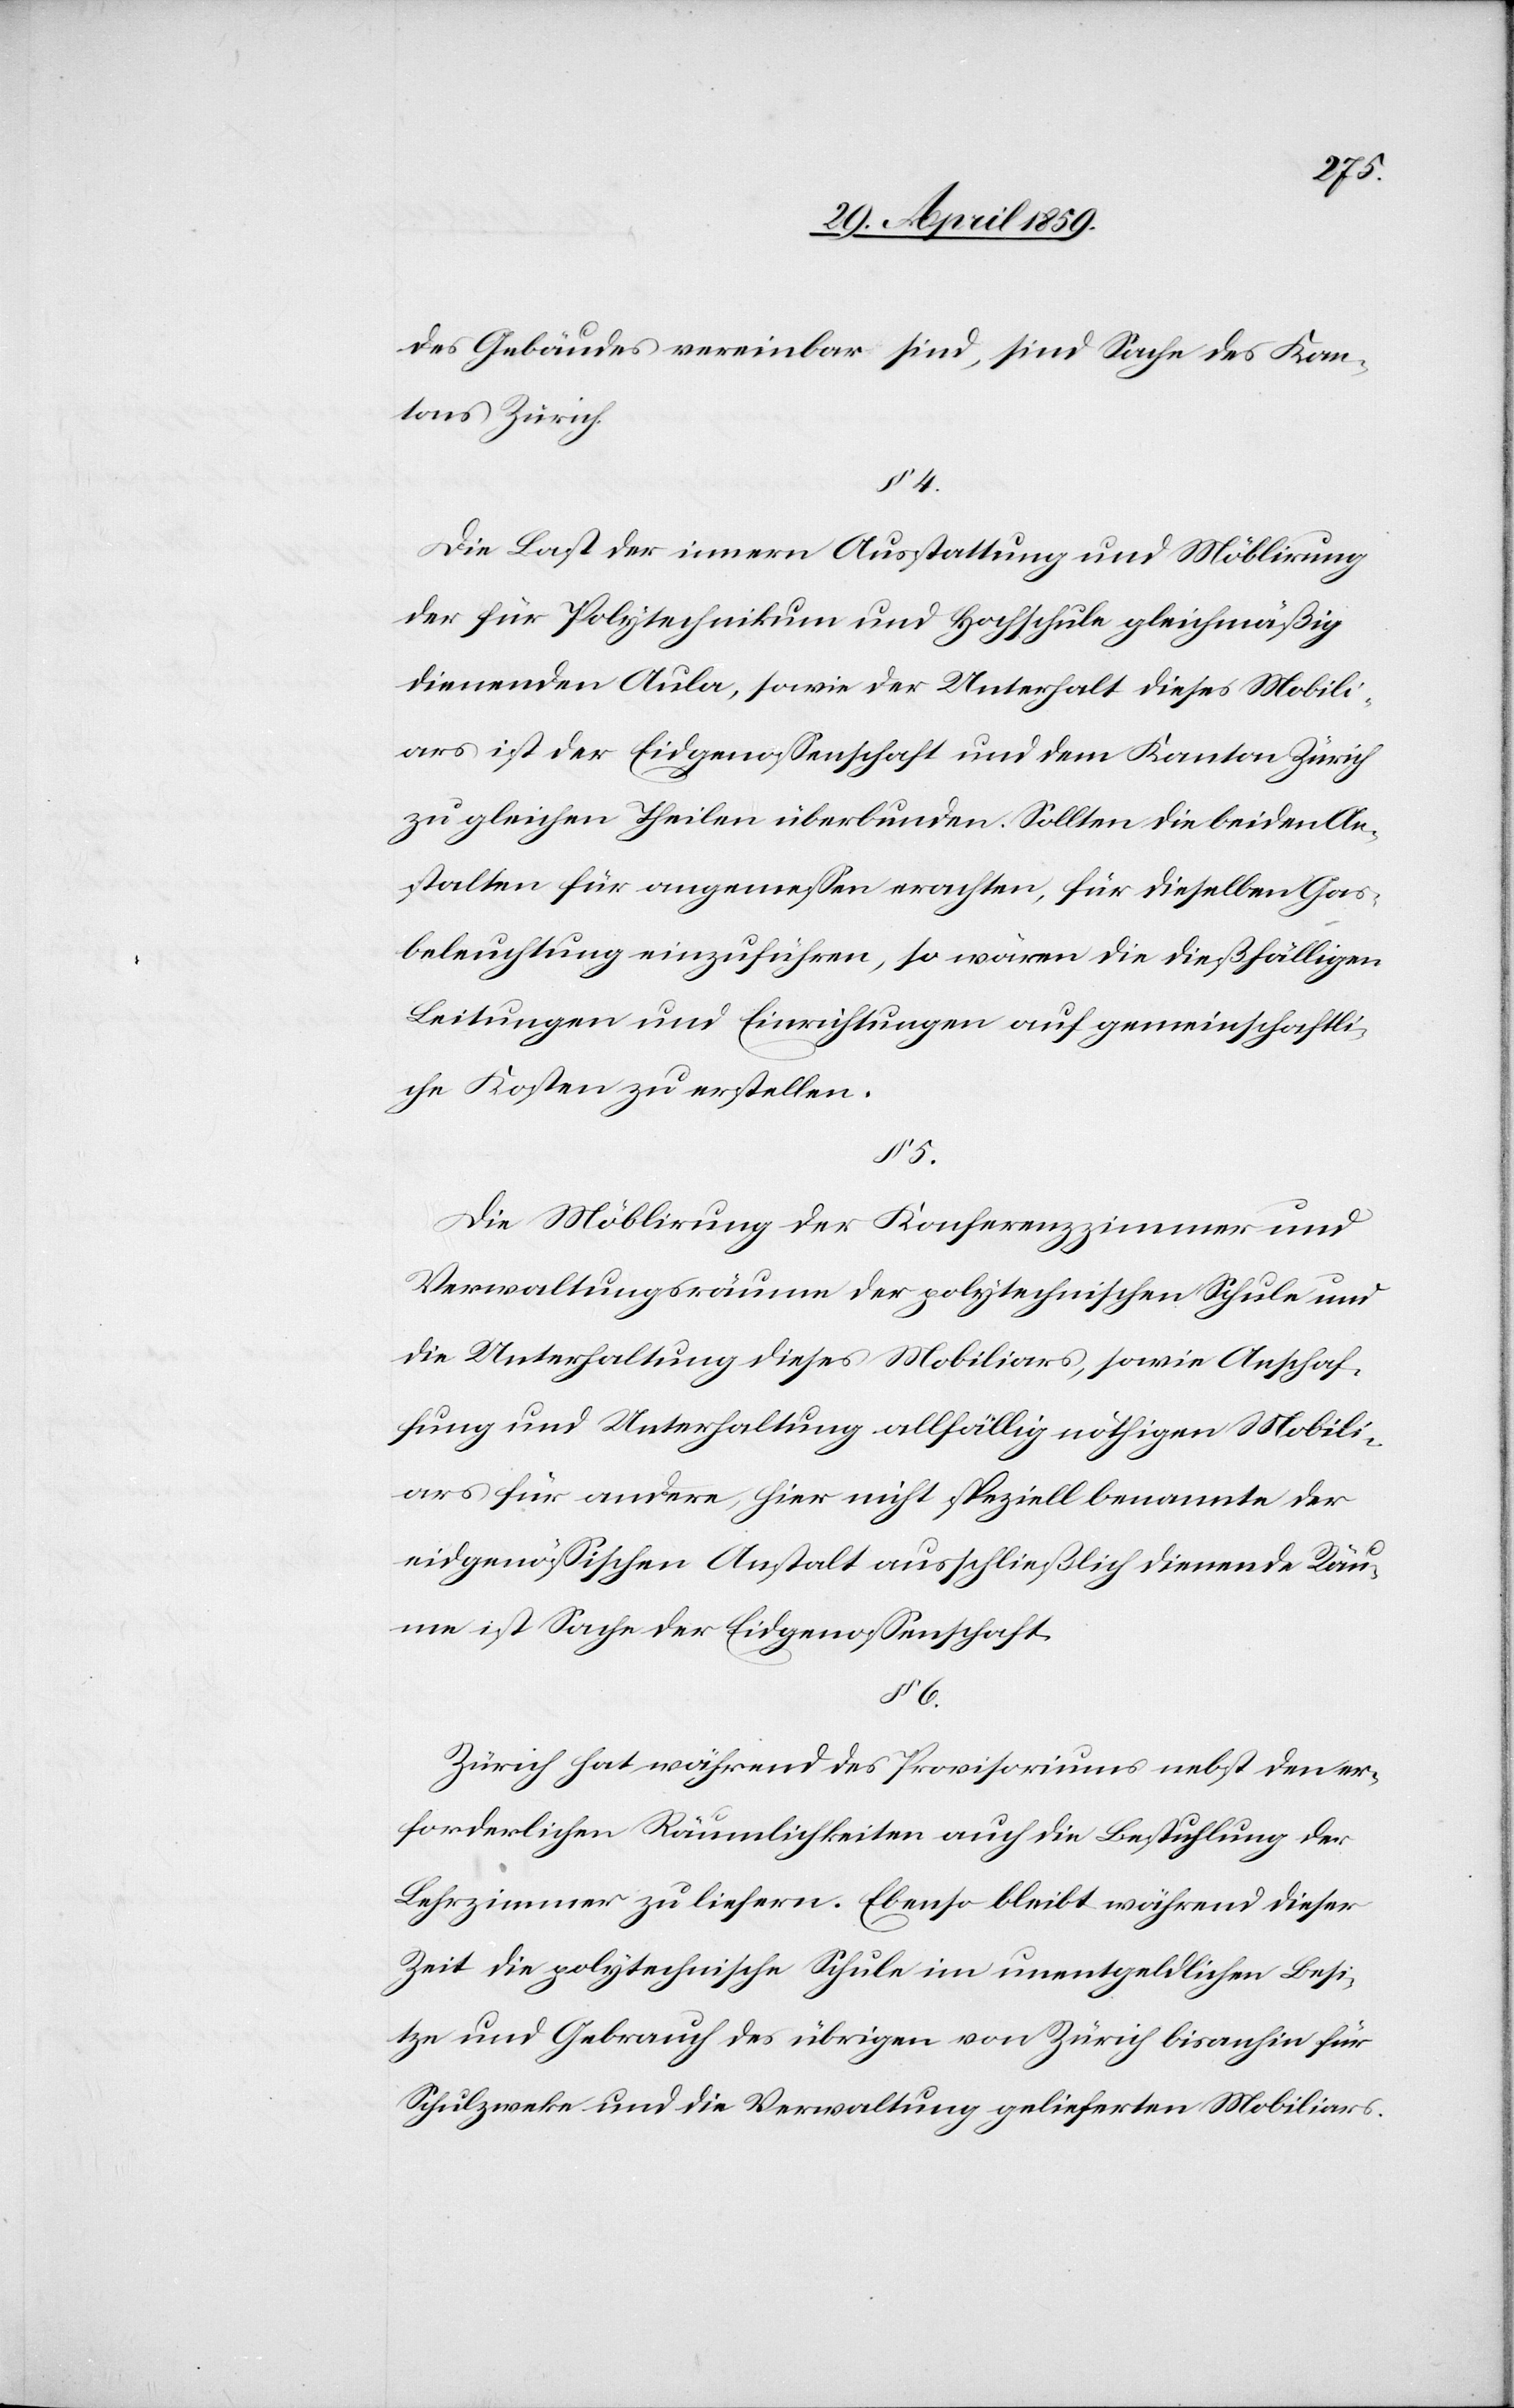
des Gebäudes vereinbar sind, sind Sache des Kan¬
tons Zürich.
§ 4.
Die Last der innern Ausstattung und Möblirung
der für Polytechnikum und Hochschule gleichmäßig
dienenden Aula, sowie der Unterhalt dieses Mobili¬
ars ist der Eidgenoßenschaft und dem Kanton Zürich
zu gleichen Theilen überbunden. Sollten die beiden An¬
stalten für angemeßen erachten, für dieselben Gas¬
beleuchtung einzuführen, so wären die dießfälligen
Leitungen und Einrichtungen auf gemeinschaftli¬
che Kosten zu erstellen.
§ 5.
Die Möblirung der Konferenzzimmer und
Verwaltungsräume der polytechnischen Schule und
die Unterhaltung dieses Mobiliars, sowie Anschaf¬
fung und Unterhaltung allfällig nöthigen Mobili¬
ars für andere, hier nicht speziell benannte der
eidgenößischen Anstalt ausschließlich dienende Räu¬
me ist Sache der Eidgenoßenschaft.
§ 6.
Zürich hat während des Provisoriums nebst den er¬
forderlichen Räumlichkeiten auch die Bestuhlung der
Lehrzimmer zu liefern. Ebenso bleibt während dieser
Zeit die polytechnische Schule im unentgeldlichen Besi¬
tze und Gebrauch des übrigen von Zürich bisanhin für
Schulzwecke und die Verwaltung gelieferten Mobiliars.